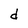
Character: d